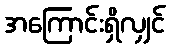
အကြောင်းရှိလျှင်